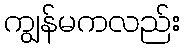
ကျွန်မကလည်း